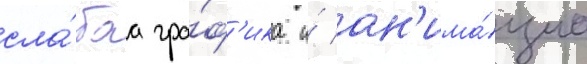
сла́баа гра́ф'ика и́ ан'има́циа